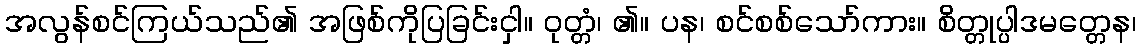
အလွန်စင်ကြယ်သည်၏ အဖြစ်ကိုပြခြင်းငှါ။ ဝုတ္တံ၊ ၏။ ပန၊ စင်စစ်သော်ကား။ စိတ္တုပ္ပါဒမတ္တေန၊